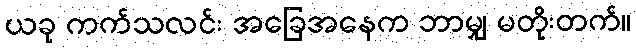
ယခု ကက်သလင်း အခြေအနေက ဘာမျှ မတိုးတက်။